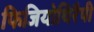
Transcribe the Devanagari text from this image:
फिजियोथिरैपी